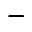
-